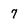
Character: 7